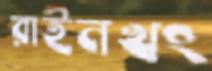
রাইনখং